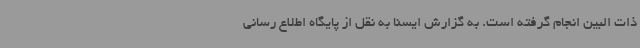
ذات البین انجام گرفته است. به گزارش ایسنا به نقل از پایگاه اطلاع رسانی